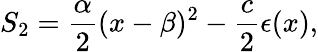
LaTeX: S_{2}=\frac{\alpha}{2}(x-\beta)^{2}-\frac{c}{2}\epsilon(x),